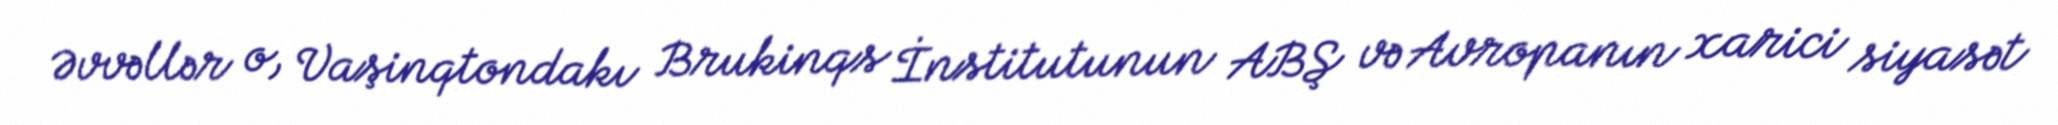
Əvvəllər o, Vaşinqtondakı Brukinqs İnstitutunun ABŞ və Avropanın xarici siyasət